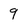
Character: 9